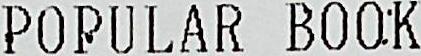
POPULAR BOOK